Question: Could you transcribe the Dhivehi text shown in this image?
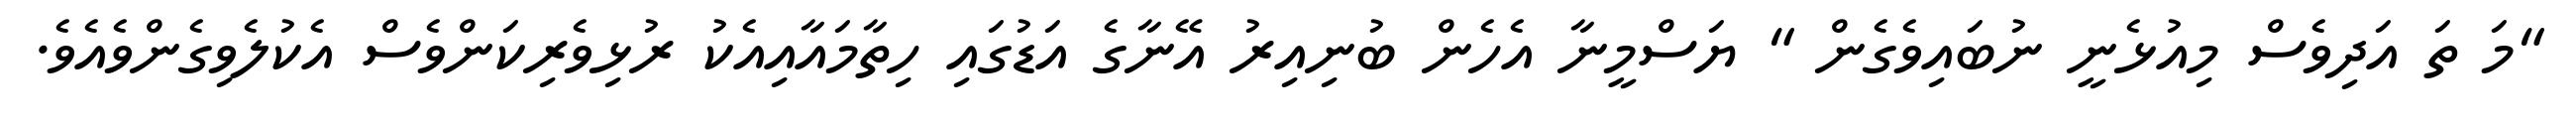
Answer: "މަ ތަ އަދިވެސް މިއުޅެނީ ނުބައިވެގެން " ޔަސްމީނާ އެހެން ބުނިއިރު އޭނާގެ އަޑުގައި ހިތާމައާއިއެކު ރުޅިވެރިކަންވެސް އެކުލެވިގެންވެއެވެ.